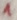
Text: 1